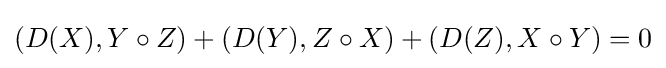
(D(X),Y\circ Z)+(D(Y),Z\circ X)+(D(Z),X\circ Y)=0